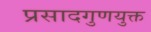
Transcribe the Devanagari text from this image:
प्रसादगुणयुक्त